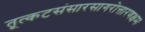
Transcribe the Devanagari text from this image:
तूत्कटसंसारसागरोत्तारणक्षमः